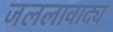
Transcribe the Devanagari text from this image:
जललावाद्य